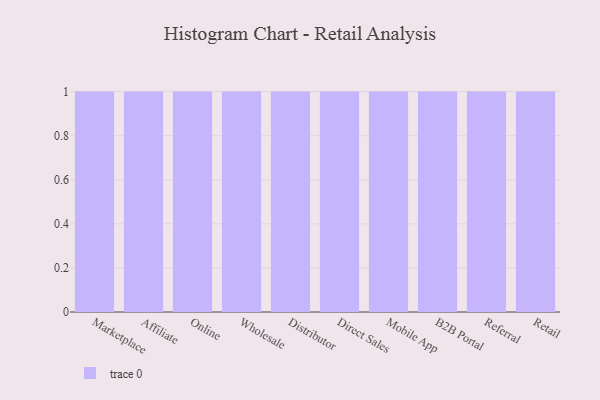
{"axis": {"x": "Channel", "y": "Active Users"}, "legend": [""], "data": [{"x": "Marketplace", "y": 75, "type": ""}, {"x": "Affiliate", "y": 21, "type": ""}, {"x": "Online", "y": 50, "type": ""}, {"x": "Wholesale", "y": 70, "type": ""}, {"x": "Distributor", "y": 28, "type": ""}, {"x": "Direct Sales", "y": 75, "type": ""}, {"x": "Mobile App", "y": 24, "type": ""}, {"x": "B2B Portal", "y": 67, "type": ""}, {"x": "Referral", "y": 85, "type": ""}, {"x": "Retail", "y": 97, "type": ""}]}